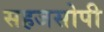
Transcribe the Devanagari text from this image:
सहजसोपी